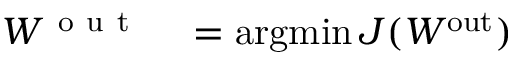
\begin{array} { r l } { W ^ { \mathrm { ~ o ~ u ~ t ~ } } } & { { } = \operatorname * { a r g m i n } J ( W ^ { \mathrm { o u t } } ) } \end{array}